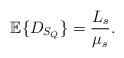
LaTeX: \begin{align*}\mathbb{E}\{D_{S_Q}\}=\frac{L_s}{\mu_s}. \end{align*}